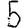
Digit: 5